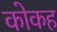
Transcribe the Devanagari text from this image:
कोकह